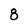
Character: 8